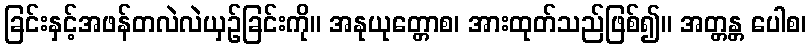
ခြင်းနှင့်အဖန်တလဲလဲယှဉ်ခြင်းကို။ အနုယုတ္တောစ၊ အားထုတ်သည်ဖြစ်၍။ အတ္တန္တ ပေါစ၊